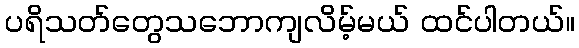
ပရိသတ်တွေသဘောကျလိမ့်မယ် ထင်ပါတယ်။